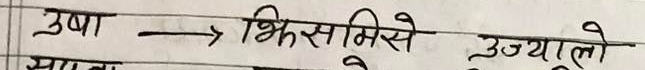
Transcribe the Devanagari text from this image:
उषा → भिकसनिसे उज्यालो